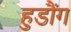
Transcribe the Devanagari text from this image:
हुडौंग